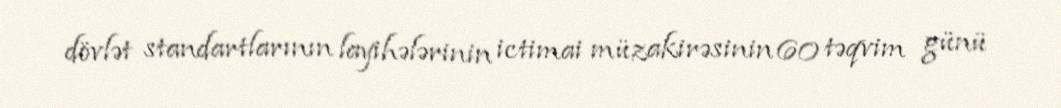
dövlət standartlarının layihələrinin ictimai müzakirəsinin 60 təqvim günü